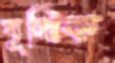
যূথিক